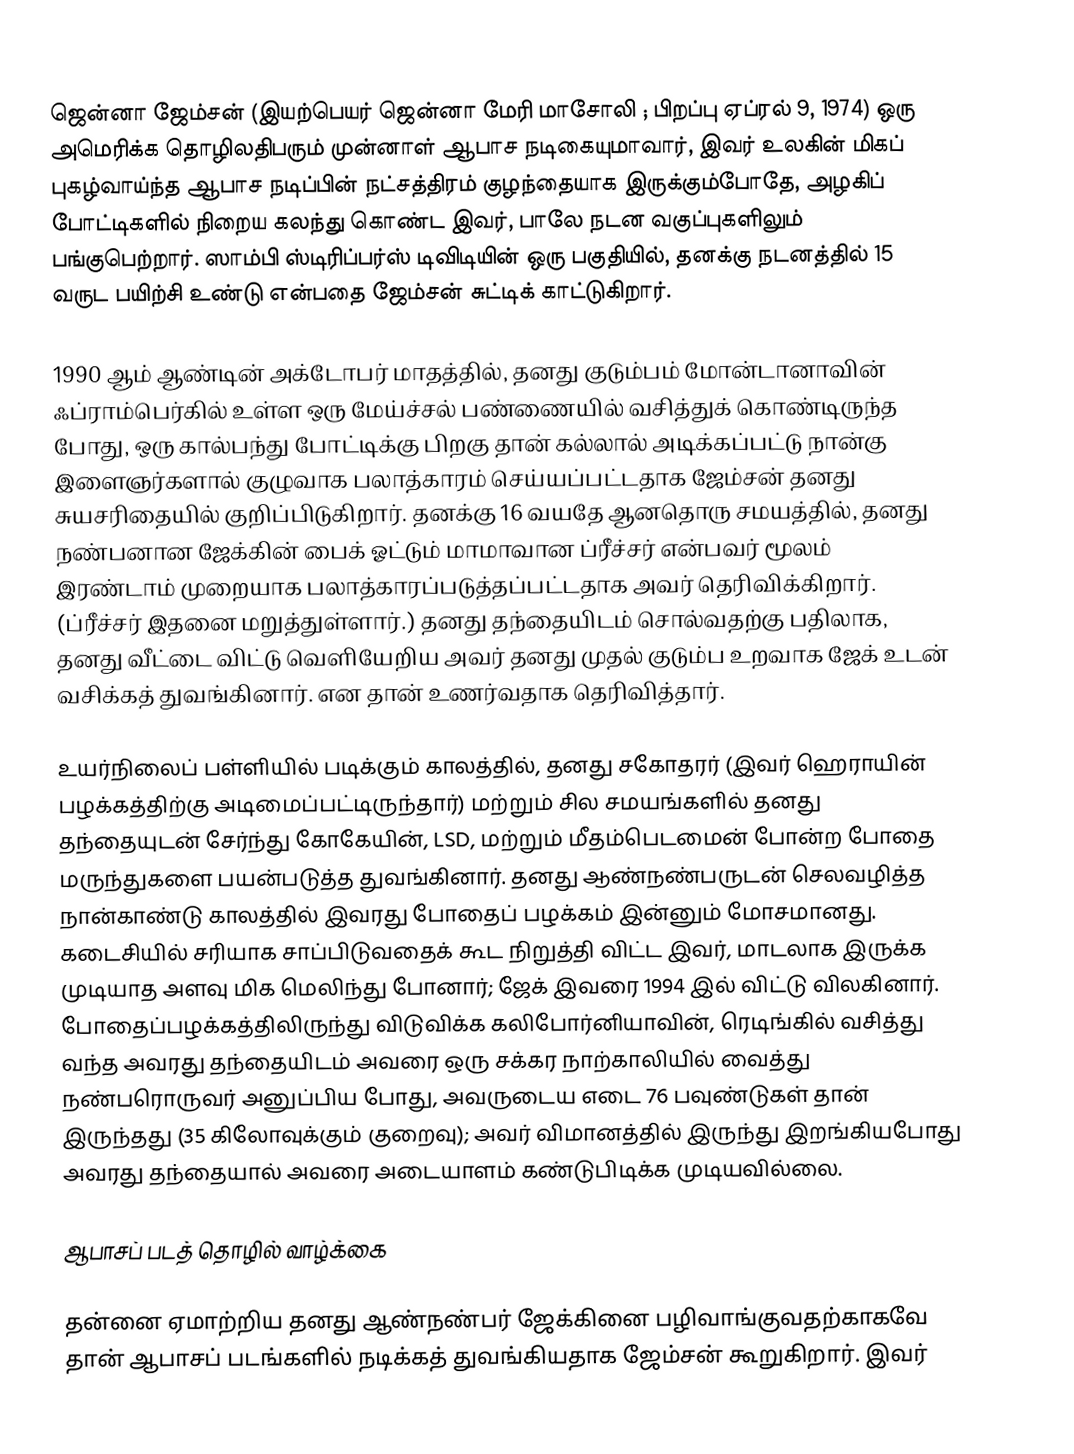
ஜென்னா ஜேம்சன் (இயற்பெயர் ஜென்னா மேரி மாசோலி ; பிறப்பு ஏப்ரல் 9, 1974) ஒரு அமெரிக்க தொழிலதிபரும் முன்னாள் ஆபாச நடிகையுமாவார், இவர் உலகின் மிகப் புகழ்வாய்ந்த ஆபாச நடிப்பின் நட்சத்திரம் குழந்தையாக இருக்கும்போதே, அழகிப் போட்டிகளில் நிறைய கலந்து கொண்ட இவர், பாலே நடன வகுப்புகளிலும் பங்குபெற்றார். ஸாம்பி ஸ்டிரிப்பர்ஸ் டிவிடியின் ஒரு பகுதியில், தனக்கு நடனத்தில் 15 வருட பயிற்சி உண்டு என்பதை ஜேம்சன் சுட்டிக் காட்டுகிறார்.

1990 ஆம் ஆண்டின் அக்டோபர் மாதத்தில், தனது குடும்பம் மோன்டானாவின் ஃப்ராம்பெர்கில் உள்ள ஒரு மேய்ச்சல் பண்ணையில் வசித்துக் கொண்டிருந்த போது, ஒரு கால்பந்து போட்டிக்கு பிறகு தான் கல்லால் அடிக்கப்பட்டு நான்கு இளைஞர்களால் குழுவாக பலாத்காரம் செய்யப்பட்டதாக ஜேம்சன் தனது சுயசரிதையில் குறிப்பிடுகிறார். தனக்கு 16 வயதே ஆனதொரு சமயத்தில், தனது நண்பனான ஜேக்கின் பைக் ஓட்டும் மாமாவான ப்ரீச்சர் என்பவர் மூலம் இரண்டாம் முறையாக பலாத்காரப்படுத்தப்பட்டதாக அவர் தெரிவிக்கிறார். (ப்ரீச்சர் இதனை மறுத்துள்ளார்.) தனது தந்தையிடம் சொல்வதற்கு பதிலாக, தனது வீட்டை விட்டு வெளியேறிய அவர் தனது முதல் குடும்ப உறவாக ஜேக் உடன் வசிக்கத் துவங்கினார். என தான் உணர்வதாக தெரிவித்தார்.

உயர்நிலைப் பள்ளியில் படிக்கும் காலத்தில், தனது சகோதரர் (இவர் ஹெராயின் பழக்கத்திற்கு அடிமைப்பட்டிருந்தார்) மற்றும் சில சமயங்களில் தனது தந்தையுடன் சேர்ந்து கோகேயின், LSD, மற்றும் மீதம்பெடமைன் போன்ற போதை மருந்துகளை பயன்படுத்த துவங்கினார். தனது ஆண்நண்பருடன் செலவழித்த நான்காண்டு காலத்தில் இவரது போதைப் பழக்கம் இன்னும் மோசமானது. கடைசியில் சரியாக சாப்பிடுவதைக் கூட நிறுத்தி விட்ட இவர், மாடலாக இருக்க முடியாத அளவு மிக மெலிந்து போனார்; ஜேக் இவரை 1994 இல் விட்டு விலகினார். போதைப்பழக்கத்திலிருந்து விடுவிக்க கலிபோர்னியாவின், ரெடிங்கில் வசித்து வந்த அவரது தந்தையிடம் அவரை ஒரு சக்கர நாற்காலியில் வைத்து நண்பரொருவர் அனுப்பிய போது, அவருடைய எடை 76 பவுண்டுகள் தான் இருந்தது (35 கிலோவுக்கும் குறைவு); அவர் விமானத்தில் இருந்து இறங்கியபோது அவரது தந்தையால் அவரை அடையாளம் கண்டுபிடிக்க முடியவில்லை.

ஆபாசப் படத் தொழில் வாழ்க்கை

தன்னை ஏமாற்றிய தனது ஆண்நண்பர் ஜேக்கினை பழிவாங்குவதற்காகவே தான் ஆபாசப் படங்களில் நடிக்கத் துவங்கியதாக ஜேம்சன் கூறுகிறார். இவர்